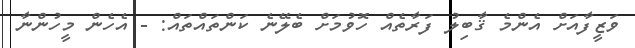
ވަޒީފާއަށް އެންމެ ޤާބިލު ފަރާތެއް ހޮވުމަށް ބެލޭނެ ކަންތައްތައް: - އެހެން މީހުންނާ